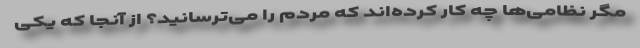
مگر نظامی‌ها چه کار کرده‌اند که مردم را می‌ترسانید؟ از آنجا که یکی